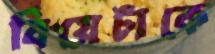
বিয়েটাকে